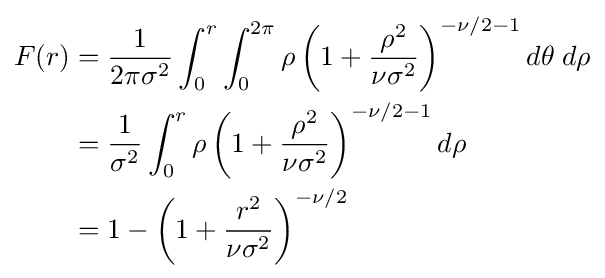
{\begin{aligned}F(r)&={1 \over {2\pi \sigma ^{2}}}\int _{0}^{r}\int _{0}^{2\pi }\rho \left(1+{\rho ^{2} \over {\nu \sigma ^{2}}}\right)^{-\nu /2-1}d\theta \;d\rho \\&={1 \over {\sigma ^{2}}}\int _{0}^{r}\rho \left(1+{\rho ^{2} \over {\nu \sigma ^{2}}}\right)^{-\nu /2-1}d\rho \\&=1-\left(1+{r^{2} \over {\nu \sigma ^{2}}}\right)^{-\nu /2}\end{aligned}}